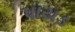
પાયડ